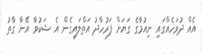
އެއް ދުވަހެއްގައި ނިއުމާގެ ގަޔަށް ފަރުހާދު އަތްލައިގެން އެ ޝަކުވާ އޭނާ ގާތު